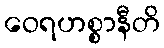
ဝေရဟစ္စာနီတိ